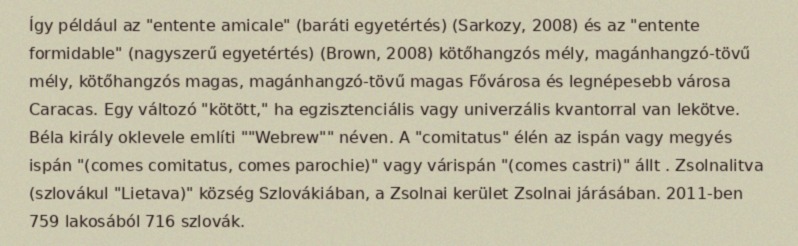
Így például az "entente amicale" (baráti egyetértés) (Sarkozy, 2008) és az "entente formidable" (nagyszerű egyetértés) (Brown, 2008) kötőhangzós mély, magánhangzó-tövű mély, kötőhangzós magas, magánhangzó-tövű magas Fővárosa és legnépesebb városa Caracas. Egy változó "kötött," ha egzisztenciális vagy univerzális kvantorral van lekötve. Béla király oklevele említi ""Webrew"" néven. A "comitatus" élén az ispán vagy megyés ispán "(comes comitatus, comes parochie)" vagy várispán "(comes castri)" állt . Zsolnalitva (szlovákul "Lietava)" község Szlovákiában, a Zsolnai kerület Zsolnai járásában. 2011-ben 759 lakosából 716 szlovák.